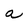
Character: a